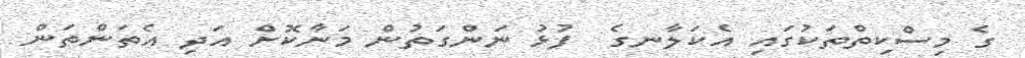
ގެ މިސްކިތްތަކުގައި އެކަލާނގެ  ފުޅު ނަންގަތުން މަނާކޮށް އަދި އެތަންތަން